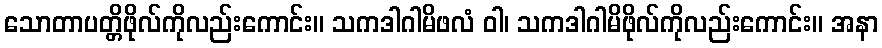
သောတာပတ္တိဖိုလ်ကိုလည်းကောင်း။ သကဒါဂါမိဖလံ ဝါ၊ သကဒါဂါမိဖိုလ်ကိုလည်းကောင်း။ အနာ